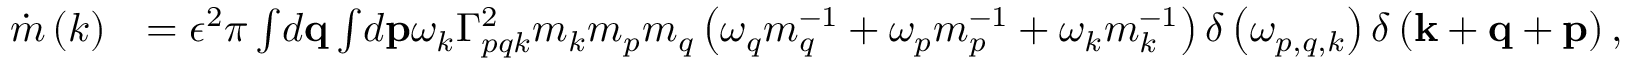
\begin{array} { r l } { \dot { m } \left( k \right) } & { = \epsilon ^ { 2 } \pi \int \! d \mathbf { q } \int \! d \mathbf { p } \omega _ { k } \Gamma _ { p q k } ^ { 2 } m _ { k } m _ { p } m _ { q } \left( \omega _ { q } m _ { q } ^ { - 1 } + \omega _ { p } m _ { p } ^ { - 1 } + \omega _ { k } m _ { k } ^ { - 1 } \right) \delta \left( \omega _ { p , q , k } \right) \delta \left( \mathbf { k } + \mathbf { q } + \mathbf { p } \right) , } \end{array}